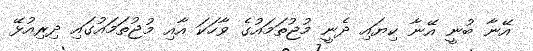
އޭނާ ބުނީ އޭނާ ކިޔައި ދެނީ މުޖުތަމައުގެ ވާހަކަ އާއި މުޖުތަމައުގައި ދިރިއުޅޭ